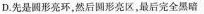
D.先是圆形亮环，然后圆形亮区，最后完全黑暗